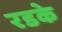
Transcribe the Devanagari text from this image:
रडके